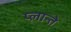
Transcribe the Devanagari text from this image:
प्लान्ते